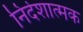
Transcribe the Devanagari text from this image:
निर्देशात्‍मक